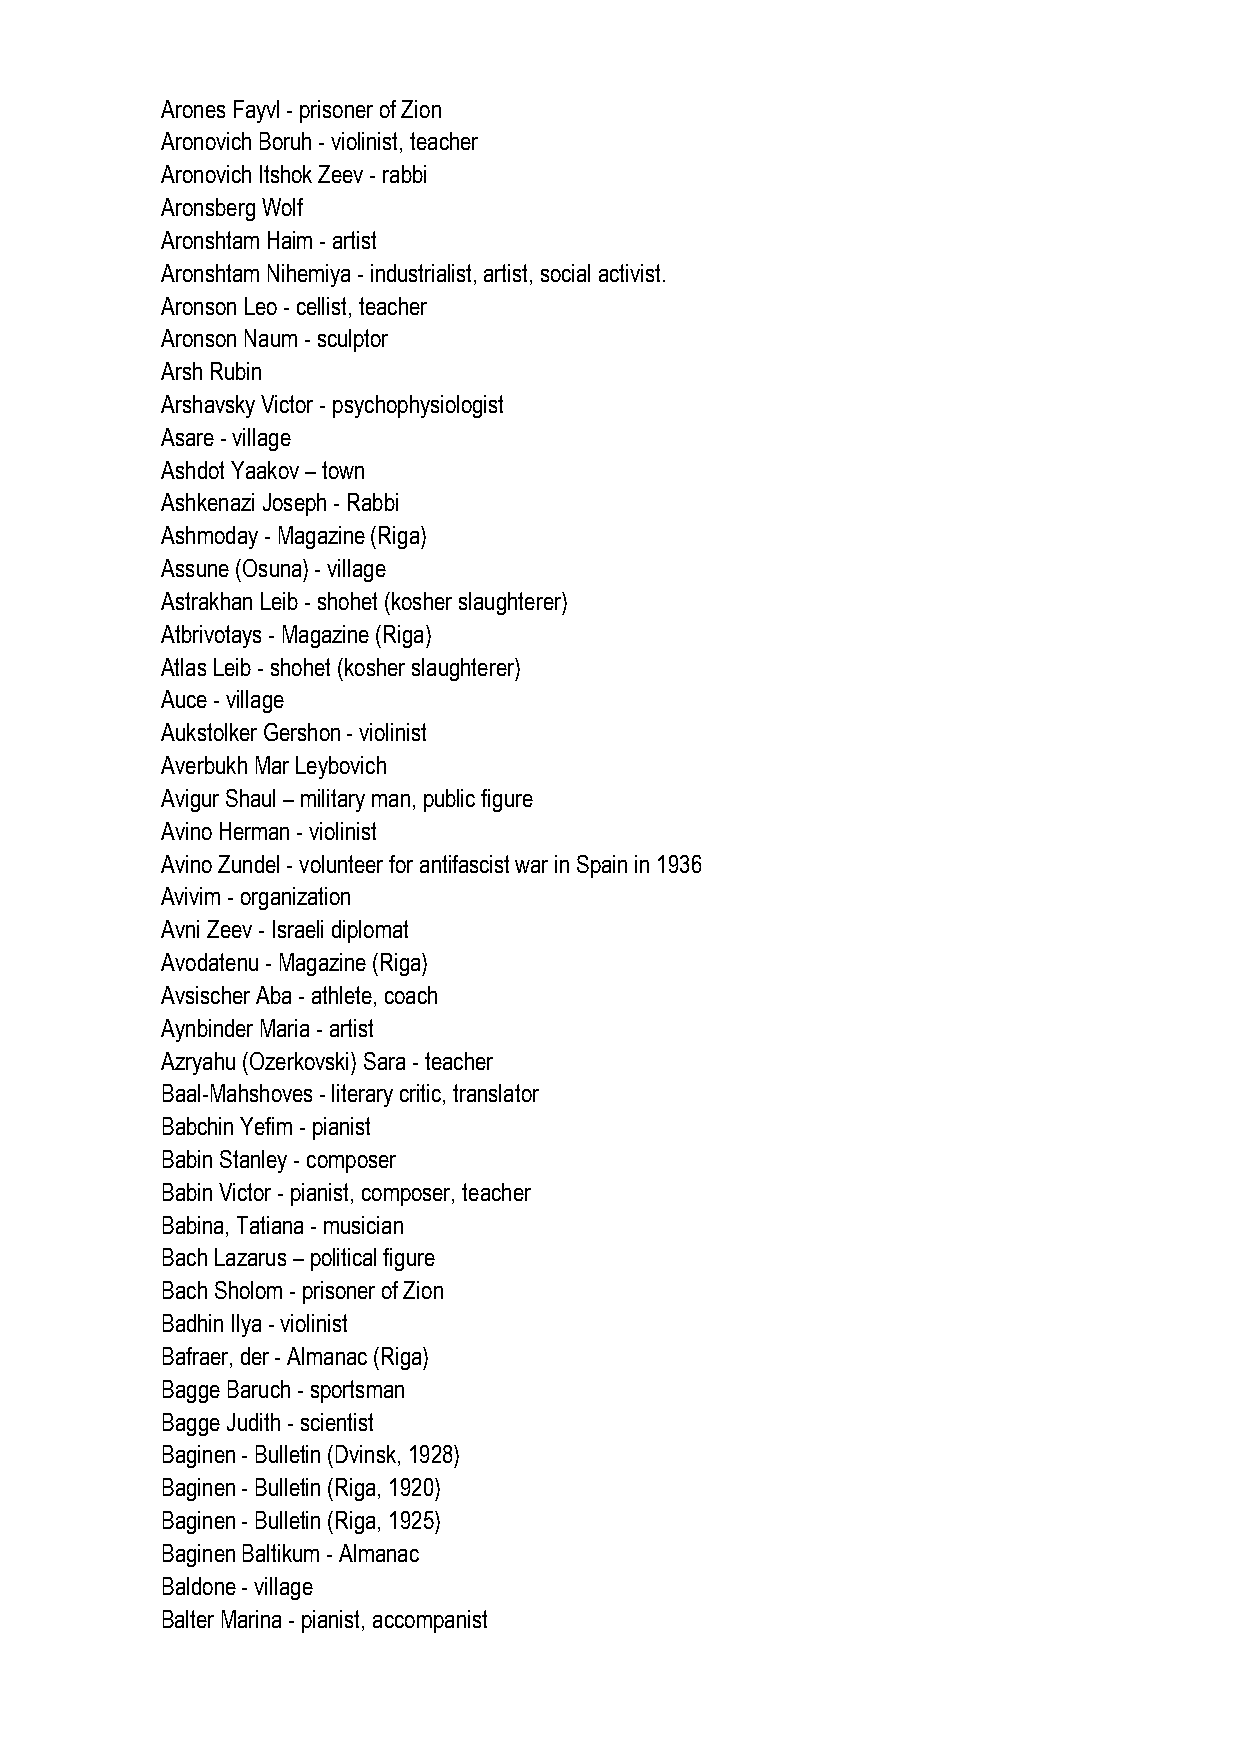
Arones Fayvl - prisoner of Zion
 Aronovich Boruh - violinist, teacher
 Aronovich Itshok Zeev - rabbi
 Aronsberg Wolf
 Aronshtam Haim - artist
 Aronshtam Nihemiya - industrialist, artist, social activist.
 Aronson Leo - cellist, teacher
 Aronson Naum - sculptor
 Arsh Rubin
 Arshavsky Victor - psychophysiologist
 Asare - village
 Ashdot Yaakov – town
 Ashkenazi Joseph - Rabbi
 Ashmoday - Magazine (Riga)
 Assune (Osuna) - village
 Astrakhan Leib - shohet (kosher slaughterer)
 Atbrivotays - Magazine (Riga)
 Atlas Leib - shohet (kosher slaughterer)
 Auce - village
 Aukstolker Gershon - violinist
 Averbukh Mar Leybovich
 Avigur Shaul – military man, public figure
 Avino Herman - violinist
 Avino Zundel - volunteer for antifascist war in Spain in 1936
 Avivim - organization
 Avni Zeev - Israeli diplomat
 Avodatenu - Magazine (Riga)
 Avsischer Aba - athlete, coach
 Aynbinder Maria - artist
 Azryahu (Ozerkovski) Sara - teacher
 Baal-Mahshoves - literary critic, translator
 Babchin Yefim - pianist
 Babin Stanley - composer
 Babin Victor - pianist, composer, teacher
 Babina, Tatiana - musician
 Bach Lazarus – political figure
 Bach Sholom - prisoner of Zion
 Badhin Ilya - violinist
 Bafraer, der - Almanac (Riga)
 Bagge Baruch - sportsman
 Bagge Judith - scientist
 Baginen - Bulletin (Dvinsk, 1928)
 Baginen - Bulletin (Riga, 1920)
 Baginen - Bulletin (Riga, 1925)
 Baginen Baltikum - Almanac
 Baldone - village
 Balter Marina - pianist, accompanist